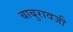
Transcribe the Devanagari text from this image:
बाबुरावजी